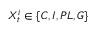
X _ { t } ^ { i } \in \{ C , I , P L , G \}